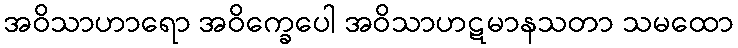
အဝိသာဟာရော အဝိက္ခေပေါ အဝိသာဟဋမာနသတာ သမထော